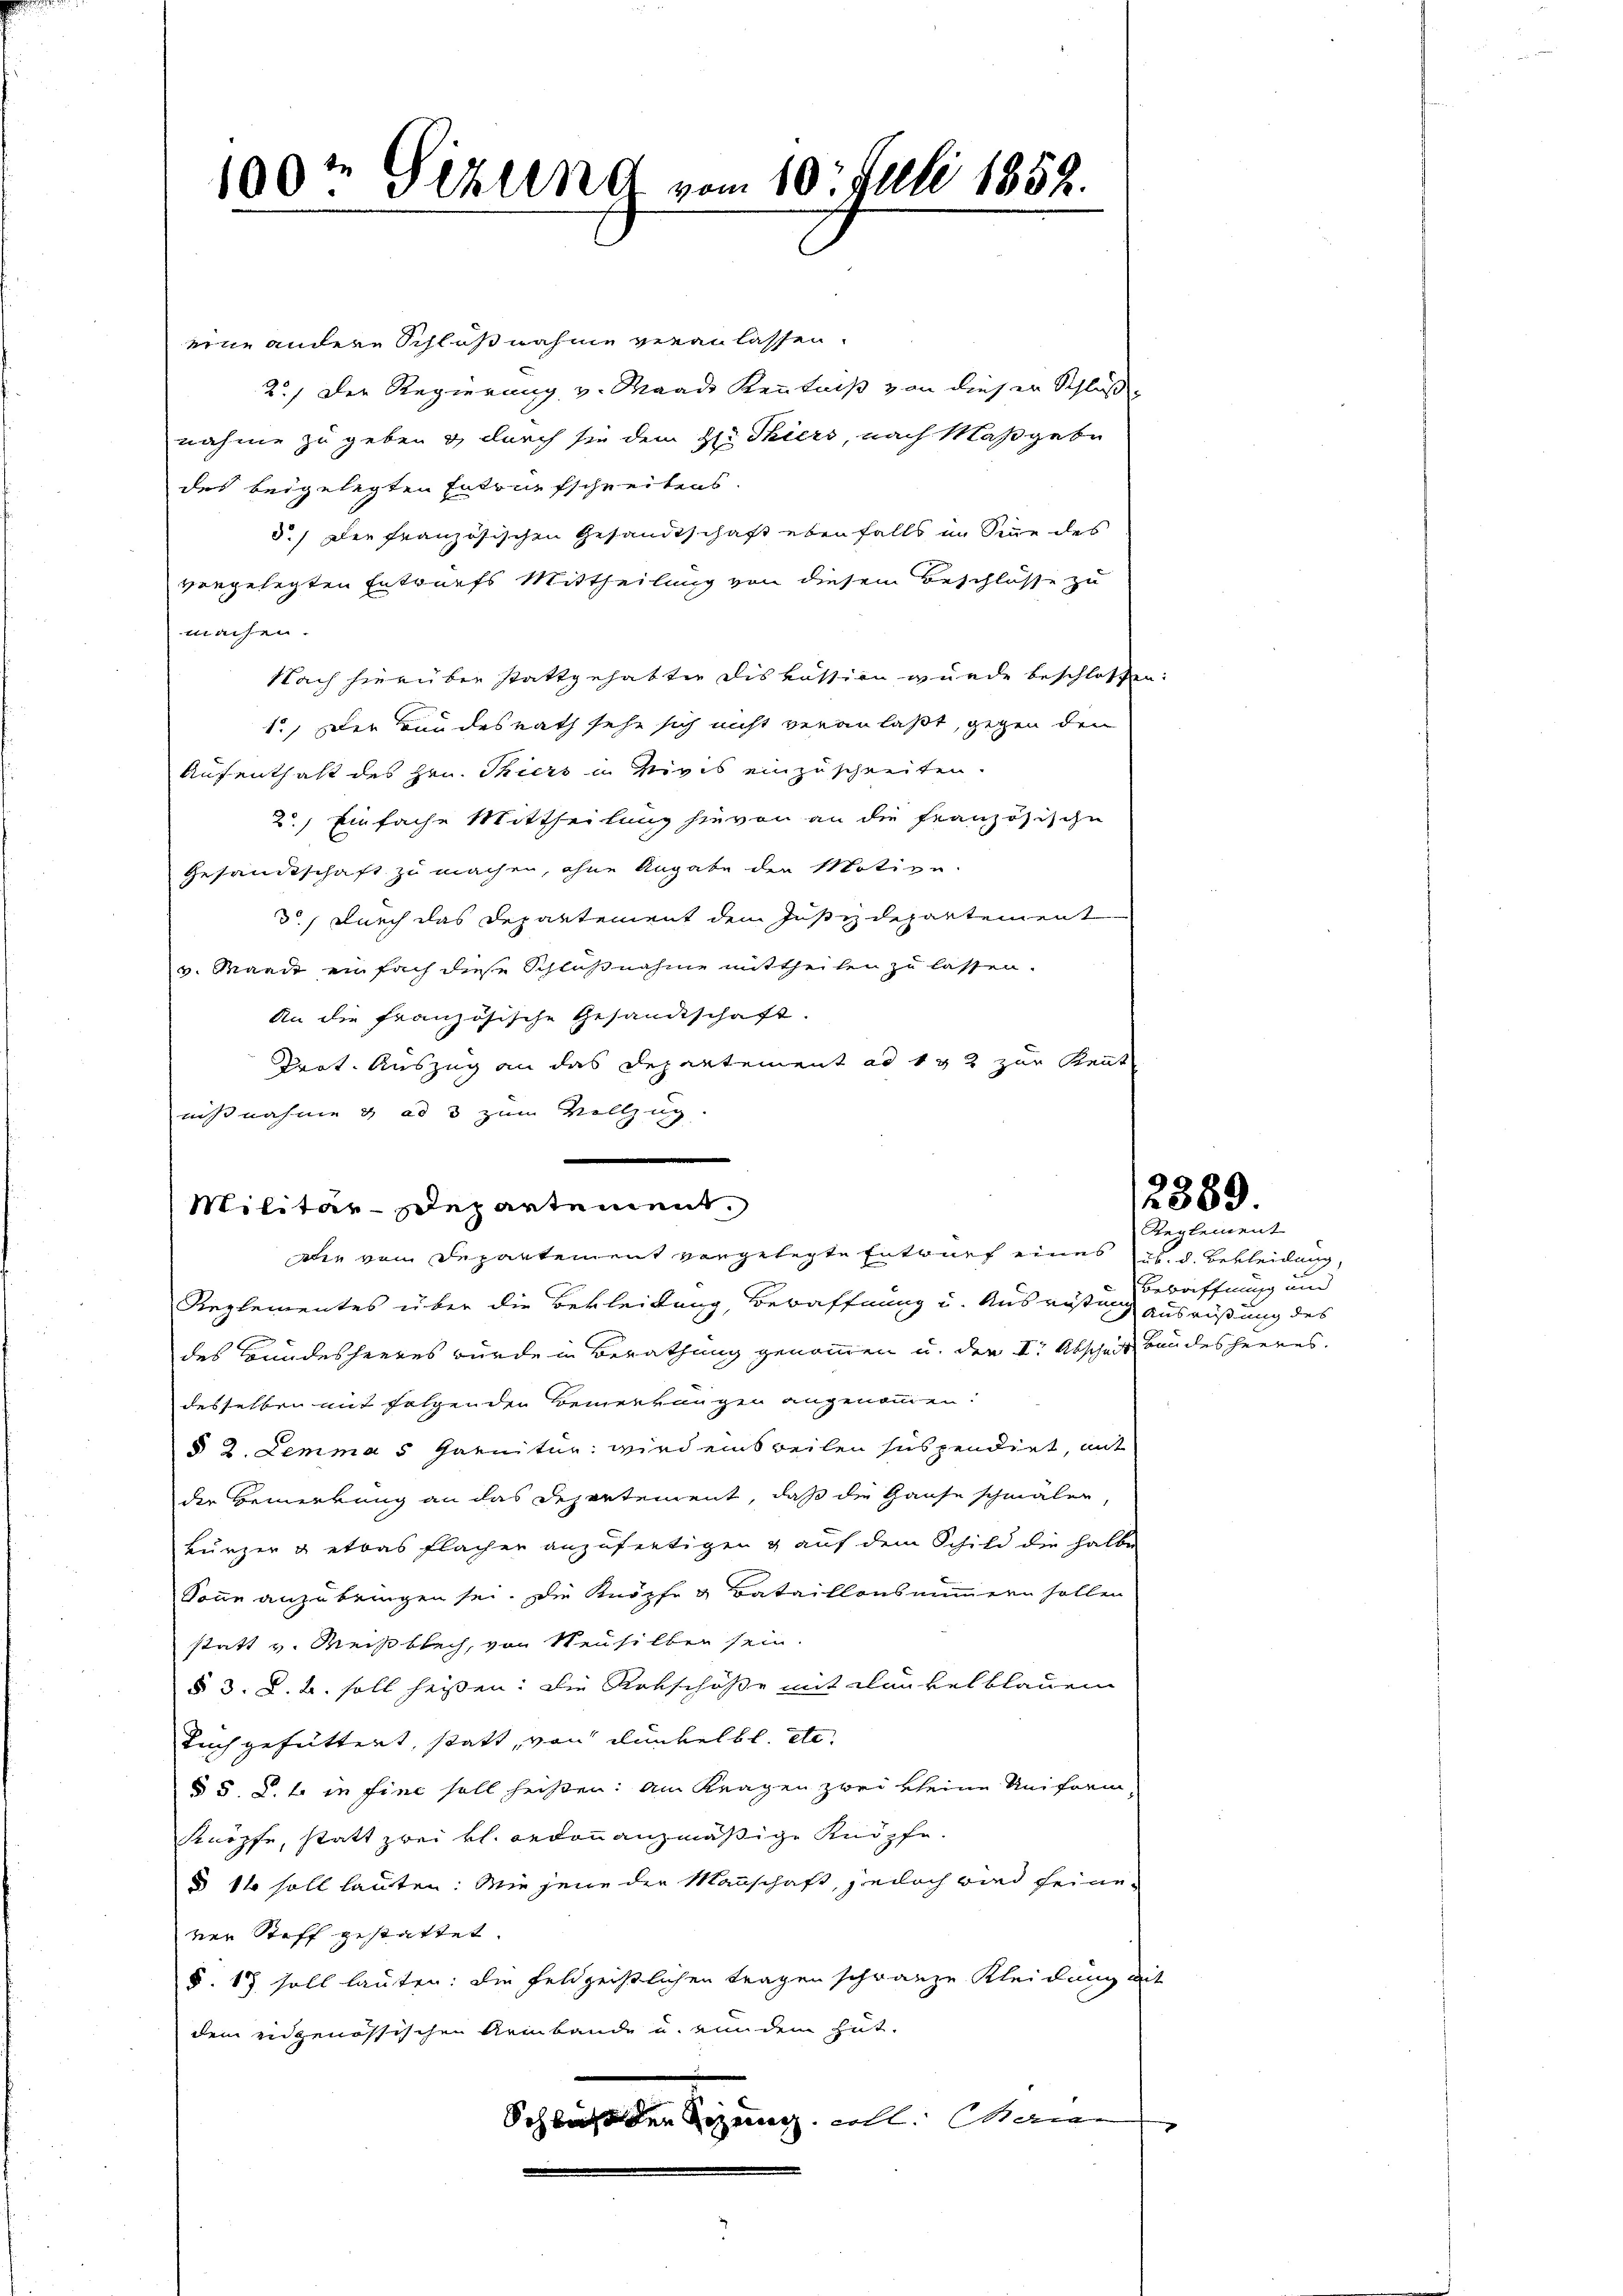
100t Gerung vom 10. Juli 1852.

eine andere Schlußnahme veranlassen.
2.) Der Regierung v. Maad Kenntniß von dieser Schluß
nahme zu geben & durch sie dem Hr. Thiers, nach Maßgebe
des beigelegten Entwurfschreibens.
d.) Der französischen Gesandtschaft ebenfalls im Sinne des
vorgelegten Entwurfs Mittheilung von diesem Beschlüsse zu
machen.
Nach hierüber stattgehabten Diskussion wurde beschlossen:
1.) Der Bundesrath sehe sich nicht veranlaßt, gegen den
Aufenthalt des Hrn. Thiers in Nivis einzuschreiten.
2.) Einfache Mittheilung hievon an die Französische
Gesandtschaft zu machen, ohne Angabe der Motion.
d.) Durch das Departement dem Justizdepartement
v. Waadt einfach diese Schlußnahme mittheilen zu lassen.
An die französische Gesandtschaft.
Prot. Auszug an das Departement ad 1 & 2 zur Kennt
nißnahme & ad 3 zum Vollzug
Reglementes über die Bekleidung, Bewaffnung u. Ausrüstung ausrüstung des
des Bundesheeres wurde in Berathung genommen u. der I. Abscheit bandesheeres.
desselben mit folgenden Bemerkungen angenommen:
§ 2. Lemma 5 Mannitar wird einsweilen suspendirt, mit
der Bemerkung an das Departement, daß die Hause schmalen
kurzer & etwas Flächer anzufertigen & auf dem Schild die halbe
Sonne anzubringen sei. Die Knöpfe & Bataillons nimmern sollen
statt v. Meisbach, von Neusilber sein.
§ 3. d. u. soll heißen: Die Rekschöße mit dankelblauem
Tuch gefüttert, statt, von dunkelbl. etc.
§ 5. d. in fine soll heißen: Am Kragen zwei kleine Reiform,
Knöpfe, statt zwei kl. Reconnanzmäßige Knöpfe.
§ 11 soll lauten: Wie jene der Mannschaft, jedoch wird feine-
ver Stoff gestattet.
§. 17 soll lauten: die Feldzeißlichen tragen schränze Kleidung mit
dem eidgenössischen Armbande u. von dem gut.
Schluß der Regung voll. Marien |

Militär-Departement.

die von Departement vorgelegte Entwurf eines u. d. Bekleidung,

Betriffnung und

2389.
Reglement